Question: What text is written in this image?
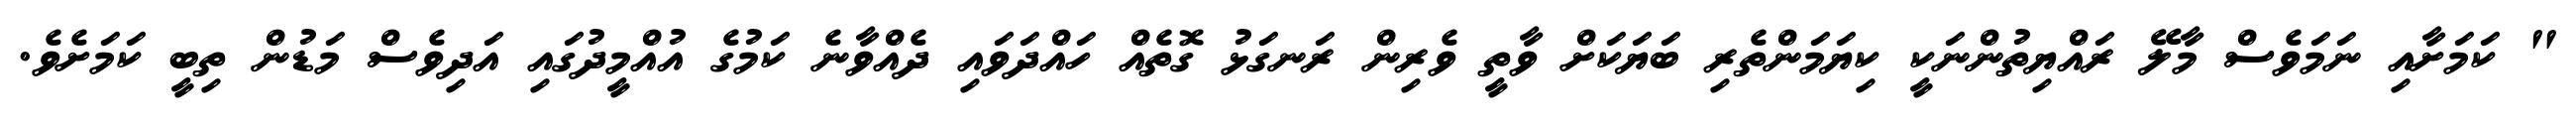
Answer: " ކަމަށާއި ނަމަވެސް މާލޭ ރައްޔިތުންނަކީ ކިޔަމަންތެރި ބަޔަކަށް ވާތީ ވެރިން ރަނގަޅު ގޮތެއް ހައްދަވައި ދެއްވާނެ ކަމުގެ އުއްމީދުގައި އަދިވެސް މަޑުން ތިބީ ކަމަށެވެ.